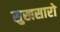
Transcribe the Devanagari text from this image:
सुखसारो